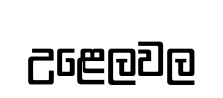
උළෙලවල